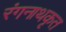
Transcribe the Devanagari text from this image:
रंगनाथकृत